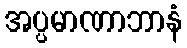
အပ္ပမာဏာဘာနံ